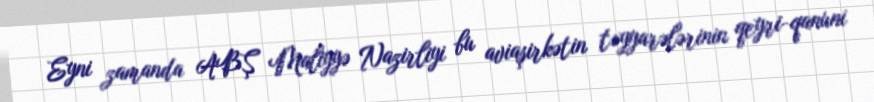
Eyni zamanda ABŞ Maliyyə Nazirliyi bu aviaşirkətin təyyarələrinin qeyri-qanuni